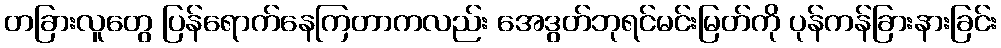
တခြားလူတွေ ပြန်ရောက်နေကြတာကလည်း အေဒွတ်ဘုရင်မင်းမြတ်ကို ပုန်ကန်ခြားနားခြင်း